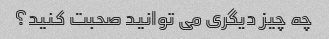
چه چیز دیگری می توانید صحبت کنید؟